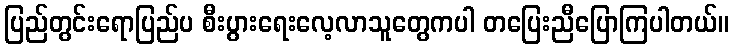
ပြည်တွင်းရောပြည်ပ စီးပွားရေးလေ့လာသူတွေကပါ တပြေးညီပြောကြပါတယ်။